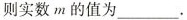
则实数m的值为___。